Report by Surgeon-Captain Childe, I.M.S. - Part II
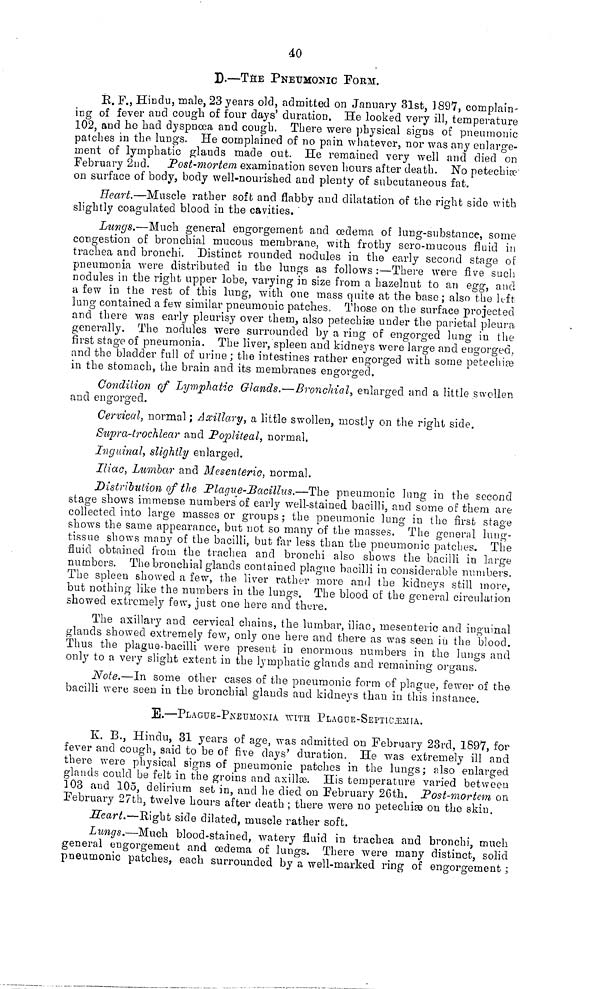
40
D.—THE PNEUMONIC FORM.
B. F., Hindu, male, 23 years old, admitted on January 31st, 1897, complain-
ing of fever and cough of four days' duration. He looked very ill, temperature
102, and he had dyspnoea and cough. There were physical signs of pneumonic
patches in the lungs. He complained of no pain whatever, nor was any enlarge-
ment of lymphatic glands made out. He remained very well and died on
February 2nd. Post-mortem examination seven hours after death. No petechiae
on surface of body, body well-nourished and plenty of subcutaneous fat.
Heart.—Muscle rather soft and flabby and dilatation of the right side with
slightly coagulated blood in the cavities. "
Lungs.—Much general engorgement and oedema of lung-substance, some
congestion of bronchial mucous membrane, with frothy sero-mucous fluid in
trachea and bronchi. Distinct rounded nodules in the early second stage of
pneumonia were distributed in the lungs as follows :—There were five such
nodules in the right upper lobe, varying in size from a hazelnut to an egg, and
a few in the rest of this lung, with one mass quite at the base; also the left
lung contained a few similar pneumonic patches. Those on the surface projected
and there was early pleurisy over them, also petechiae under the parietal pleura,
generally. The nodules were surrounded by a ring of engorged lung in the
first stage of pneumonia. The liver, spleen and kidneys were large and engorged,
and the bladder full of urine ; the intestines rather engorged with some petechiea
in the stomach, the brain and its membranes engorged.
Condition of Lymphatic Glands.—Bronchial, enlarged and a little swollen
and engorged.
Cervical, normal ; Axillary, a little swollen, mostly on the right side.
Supra-trochlear and Popliteal, normal.
Inguinal, slightly enlarged.
Iliac, Lumbar and Mesenteric, normal.
Distribution of the Plague-Bacillus.—The pneumonic lung in the second
stage shows immense numbers of early well-stained bacilli, and some of them are
collected into large masses or groups ; the pneumonic lung in the first stage
shows the same appearance, but not so many of the masses. The general lung-
tissue shows many of the bacilli, but far less than the pneumonic patches. The
fluid obtained from the trachea and bronchi also shows the bacilli in large
numbers. The bronchial glands contained plague bacilli in considerable numbers.
The spleen showed a few, the liver rather more and the kidneys still more,
but nothing like the numbers in the lungs. The blood of the general circulation
showed extremely few, just one here and there.
The axillar} 7 and cervical chains, the lumbar, iliac, mesenteric and inguinal
glands showed extremely few, only one here and there as was seen in the blood.
Thus the plague-bacilli were present in enormous numbers in the lungs and
only to a very slight extent in the lymphatic glands and remaining organs.
Note.—In some other cases of the pneumonic form of plague, fewer of the
bacilli were seen in the bronchial glands and kidneys than in this instance.
E.—PLAGUE-PNEUMONIA WITH PLAGOE-SEPTICJEMIA.
K. B., Hindu, 31 years of age, was admitted on February 23rd, 1897, for
fever and cough, said to be of five days' duration. He was extremely ill and
there were physical signs of pneumonic patches in the lungs ; also enlarged
glands could be felt in the groins and axillae. His temperature varied between
103 and 105, delirium set in, and he died on February 2Cth. Post-mortem on
February 27th, twelve hours after death ; there were no petechiae on the skin.
Heart.—Right side dilated, muscle rather soft.
Lungs.—Much blood-stained, watery fluid in trachea and bronchi, much
general engorgement and oedema of lungs. There were many distinct, solid
pneumonic patches, each surrounded by a well-marked ring of engorgement ;